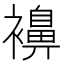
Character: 襣